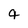
Character: 4